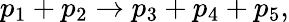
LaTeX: p_{1}+p_{2}\rightarrow p_{3}+p_{4}+p_{5},